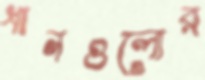
ধানগুলোর